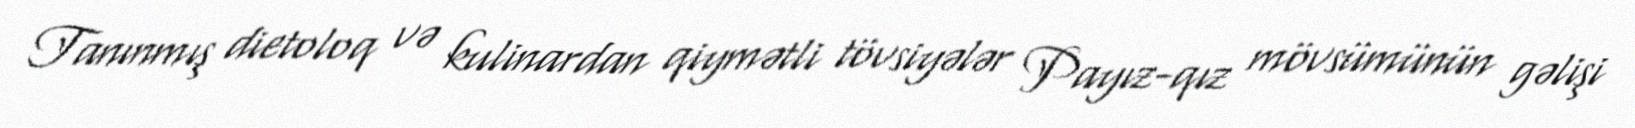
Tanınmış dietoloq və kulinardan qiymətli tövsiyələr Payız-qız mövsümünün gəlişi